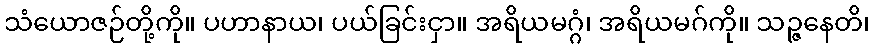
သံယောဇဉ်တို့ကို။ ပဟာနာယ၊ ပယ်ခြင်းငှာ။ အရိယမဂ္ဂံ၊ အရိယမဂ်ကို။ သဉ္ဇနေတိ၊